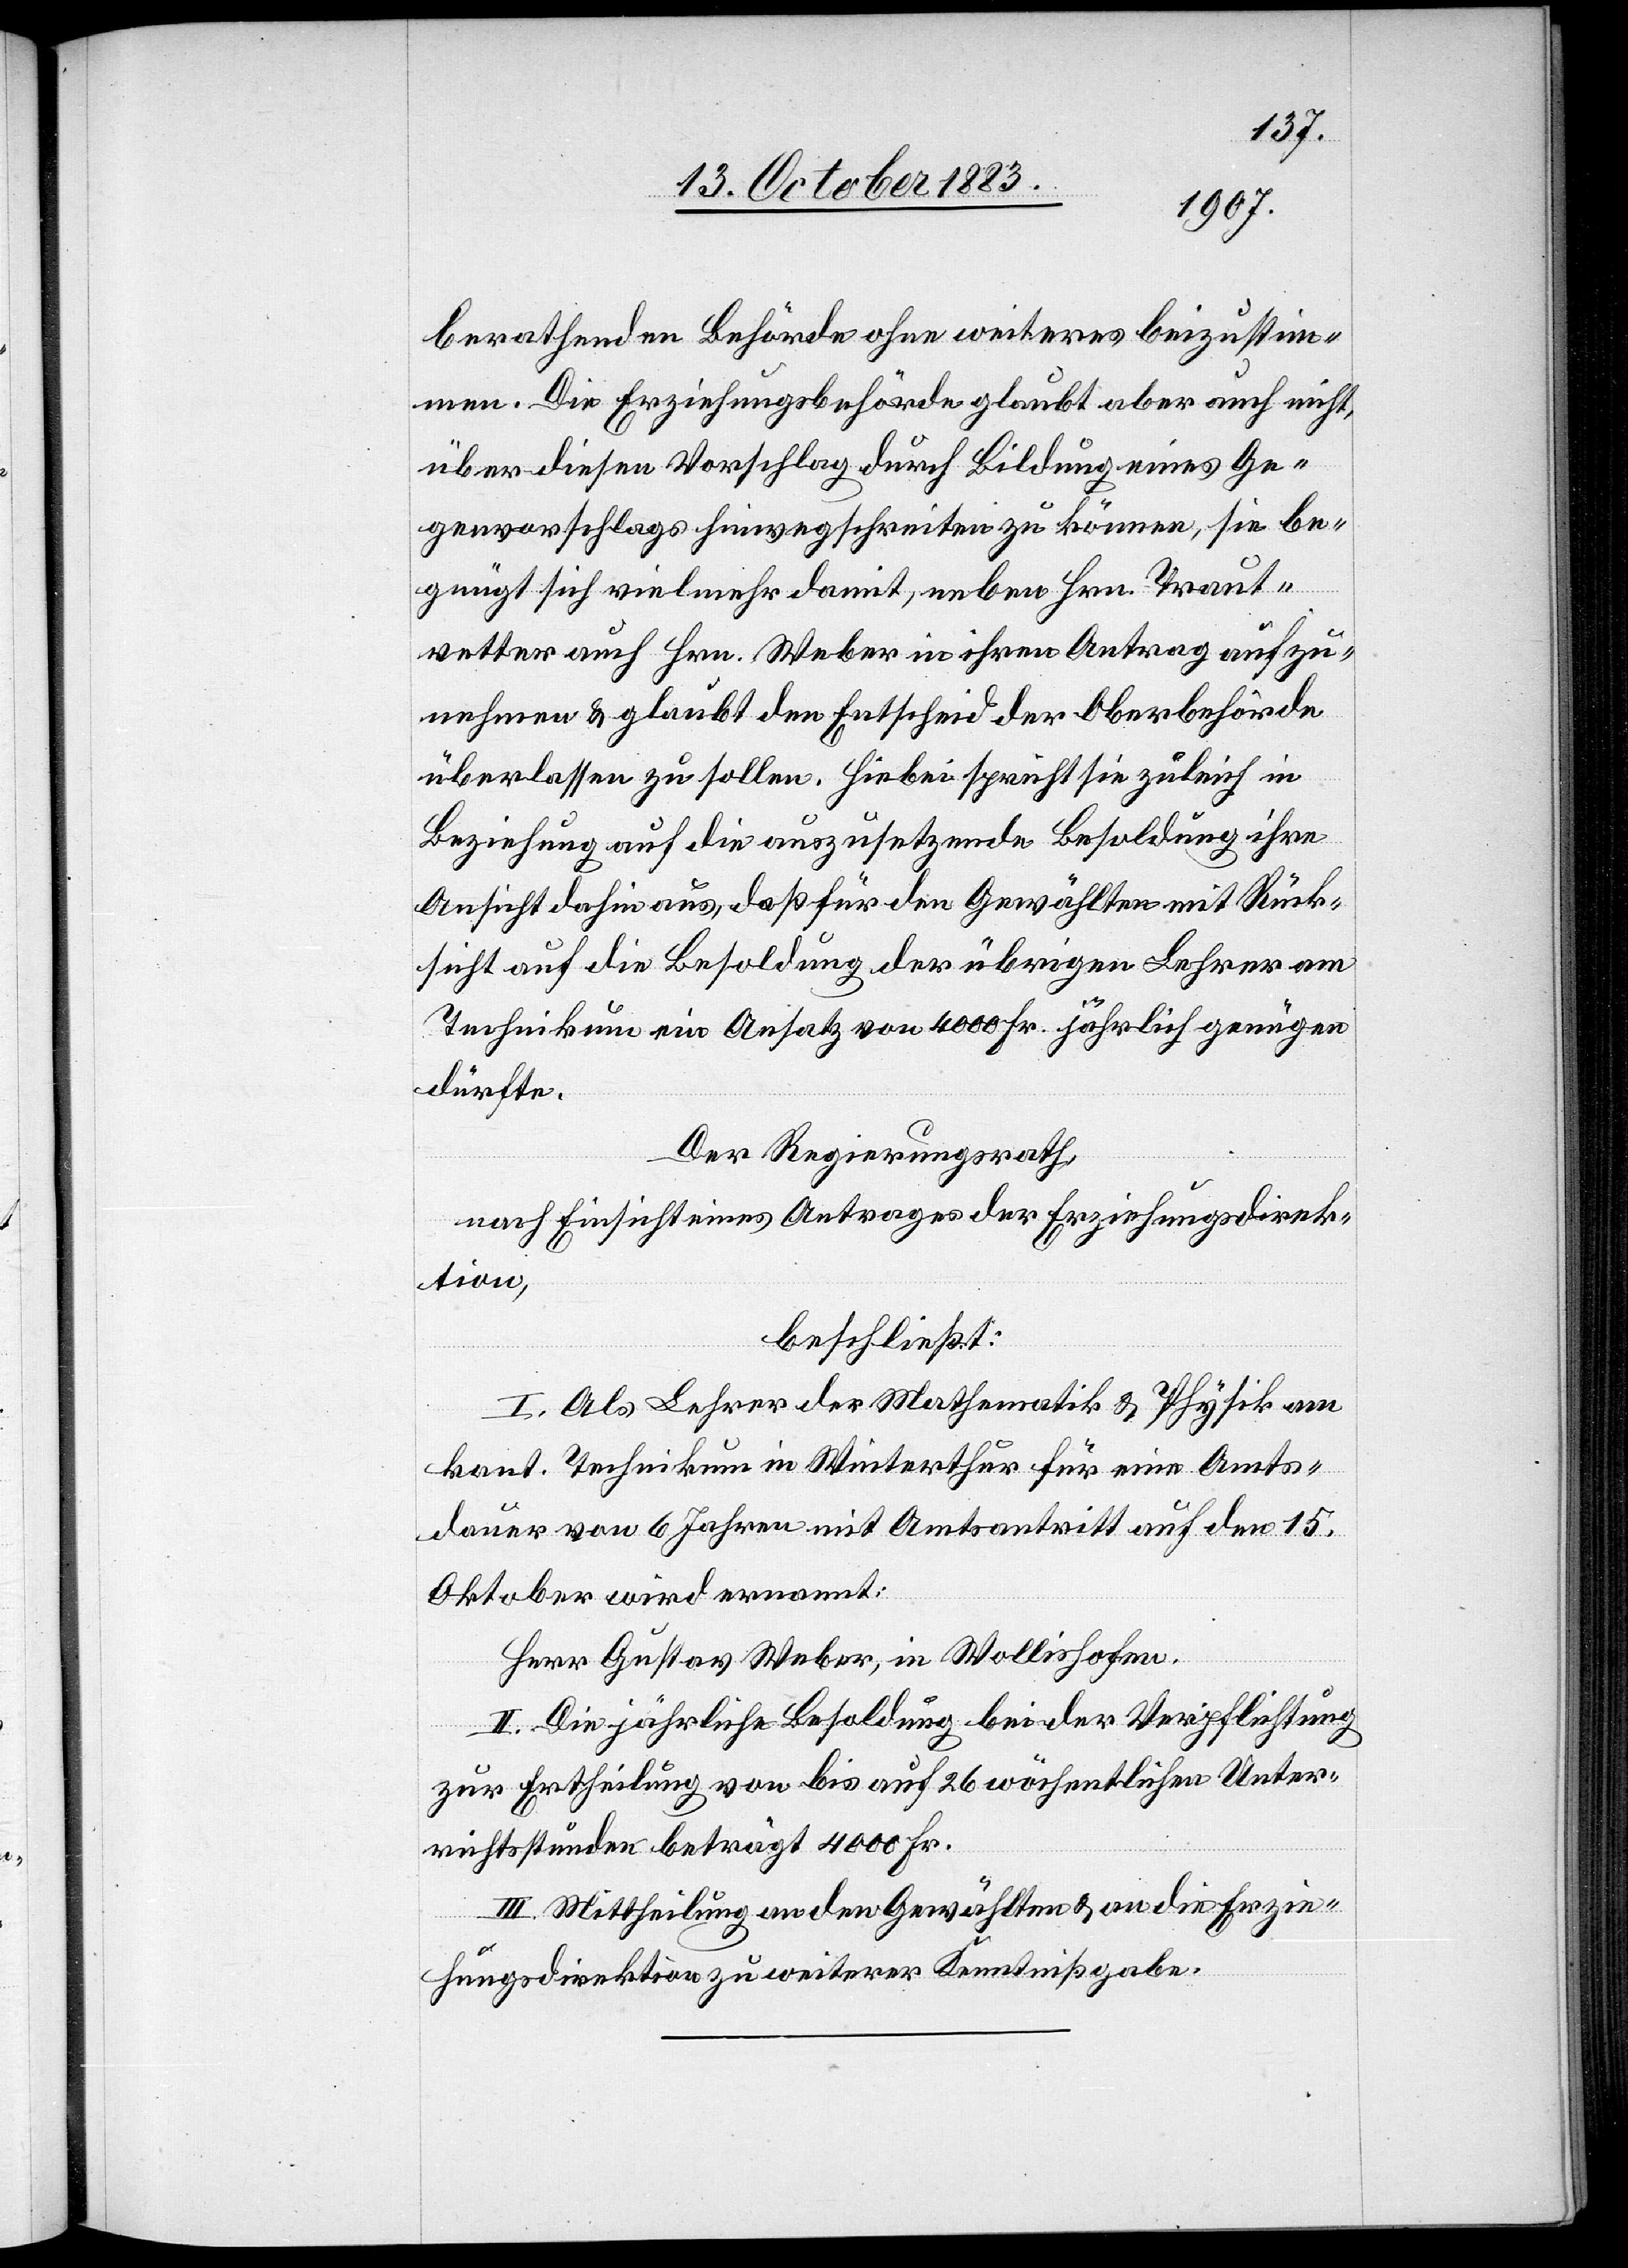
berathenden Behörde ohne weiteres beizustim¬
men. Die Erziehungsbehörde glaubt aber auch nicht,
über diesen Vorschlag durch Bildung eines Ge¬
genvorschlages hinwegschreiten zu können, sie be¬
gnügt sich vielmehr damit, neben Hrn. Trau¬
vetter auch Hrn. Weber in ihren Antrag aufzu¬
nehmen & glaubt den Entscheid der Oberbehörde
überlassen zu sollen. Hiebei spricht sie zugleich in
Beziehung auf die auszusetzende Besoldung ihre
Ansicht dahin aus, daß für den Gewählten mit Rück¬
sicht auf die Besoldung der übrigen Lehrer am
Technikum ein Ansatz von 4000 Fr. jährlich genügen
dürfte.
Der Regierungsrath,
nach Einsicht eines Antrages der Erziehungsdirek¬
tion,
beschließt:
I. Als Lehrer der Mathematik & Physik am
kant. Technikum in Winterthur für eine Amts¬
dauer von 6 Jahren mit Amtsantritt auf den 15.
Oktober wird ernannt:
Herr Gustav Weber, in Wollishofen.
II. Die jährliche Besoldung bei der Verpflichtung
zur Ertheilung von bis auf 26 wöchentlichen Unter¬
richtsstunden beträgt 4000 Fr.
III. Mittheilung an den Gewählten & an die Erzie¬
hungsdirektion zu weiterer Kenntnißgabe.